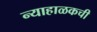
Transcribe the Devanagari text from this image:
न्याहाळकची